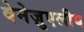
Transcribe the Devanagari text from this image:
वेनेज़ुएलीय